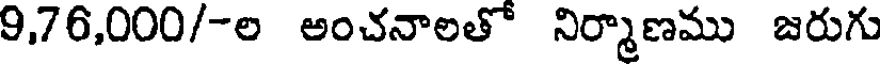
9,76,000/-ల అంచనాలతో నిర్మాణము జరుగు